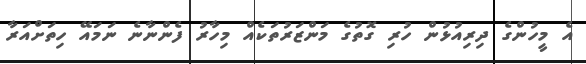
އެ މީހުންގެ ދިރިއުޅުން ހުރި ގޮތުގެ މަންޒަރުތަކެއް މިހާރު ފެންނާނެ ނަމައޭ ހިތަށްއަރާ